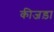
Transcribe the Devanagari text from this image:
कीजड़ा